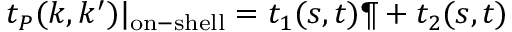
t _ { P } ( k , k ^ { \prime } ) | _ { \mathrm { o n - s h e l l } } = t _ { 1 } ( s , t ) \P + t _ { 2 } ( s , t )